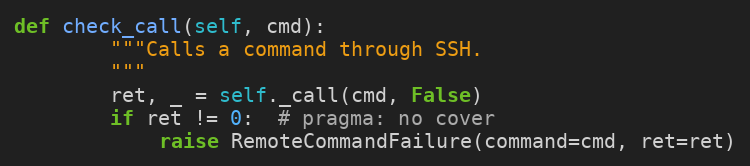
Language: Python
def check_call(self, cmd):
        """Calls a command through SSH.
        """
        ret, _ = self._call(cmd, False)
        if ret != 0:  # pragma: no cover
            raise RemoteCommandFailure(command=cmd, ret=ret)